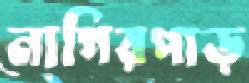
নাগিরপাড়